Dysentery and liver abscess in Bombay - Number 47
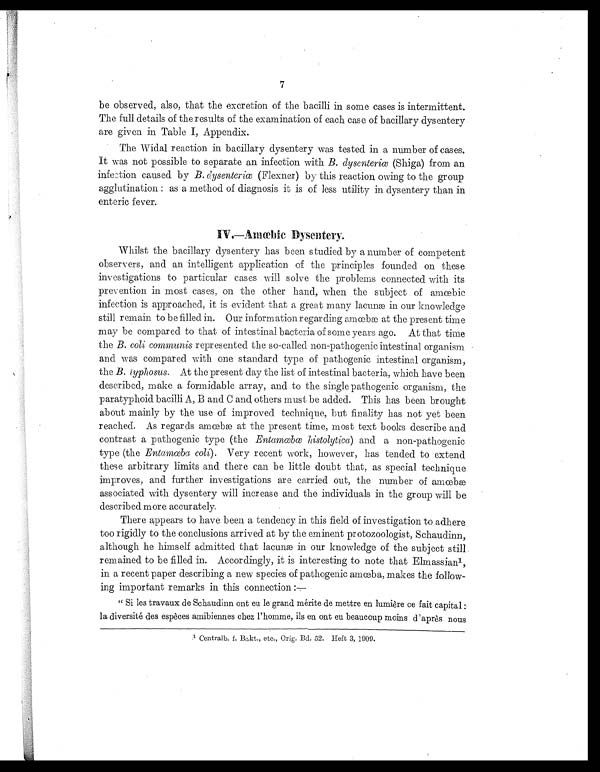
7
be observed, also, that the excretion of the bacilli in some cases is intermittent.
The full details of the results of the examination of each case of bacillary dysentery
are given in Table I, Appendix.
The Widal reaction in bacillary dysentery was tested in a number of cases.
It was not possible to separate an in fection with B. dysenteriœ( S h i g a ) f r o m a n
infe:tion caused by B . d y s e n t e r i œ( F l e x n e r ) b y t h i s r e a c t i o n o w i n g t o t h e g r o u p
agglutination : as a method of diagnosis it is of less utility in dysentery than in
enteric fever.
IV.—Amœbi c Dysentery.
Whilst the bacillary dysentery has been studied by a number of competent
observers, and an intelligent application of the principles founded on these
investigations to particular cases will solve the problems connected with its
prevention in most cases, on the other hand, when the subject of amœbic
i nfecti on i s approached, i t i s evi dent that a great many l acunæ i n our knowl edge
sti l l remai n to be fi l l ed i n. Our i nformati on regardi ng am cebæ at the present ti me
may be compared to that of intestinal bacteria of some years ago. At that time
the B. coli communis represented the so-called non-pathogenic intestinal organism
and was compared with one standard type of pathogenic intestinal organism,
the B. typhosus. At the present day the list of intestinal bacteria, which have been
described, make a formidable array, and to the single pathogenic organism, the
paratyphoid bacilli A, B and C and, others must be added. This has been brought
about mainly by the use of improved technique, but finality has not yet been
r e a c h e d . As r e g a r d s a mœb æ a t t h e p r e s e n t t i me , mo s t t e x t b o o k s d e s c r i b e a n d
contrast a pathogenic type (the En t a mœb œ h i s t o l y t i c a) a n d a n o n - p a t h o g e n i c
type (the Ent amœba col i ) . V e r y r e c e n t w o r k , h o w e v e r , h a s t e n d e d t o e x t e n d
these arbitrary limits and there can be little doubt that, as special technique
improves, and further investigations are carried out, the number of amœbæ
associated with dysentery will increase and the individuals in the group will be
described more accurately.
There appears to have been a tendency in this field of investigation to adhere
too rigidly to the conclusions arrived at by the eminent protozoologist, Schaudinn,
although he himself admitted that lacume in our knowledge of the subject still
remained to be filled in. Accordingly, it is interesting to note that Elmassian 1 ,
in a recent paper describing a new species of pathogenic amœba, makes the follow
-ing important remarks in this connection
"Si l es t ravaux de Schaudi nn ont en l e grand méri t e de met t re en l umi ère ce f ai t capi t al :
l a d i v e r s i t é d e s e s p è c e s a m i b i e n n e s c h e z l ' h o m m e , i l s e n o n t e u b e a u c o u p m o m s d ' a p r è s n o u s
1
C e n t r a l b . f . B a k t . , e t c . , O r i g . E d . 5 2 . H e f t 3 , 1 9 0 9 .